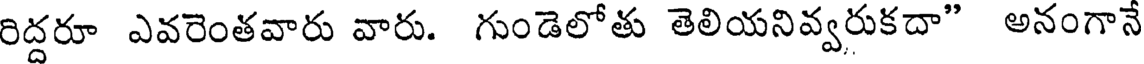
రిద్దరూ ఎవరెంతవారు వారు. గుండెలోతు తెలియనివ్వరుకదా" అనంగానే